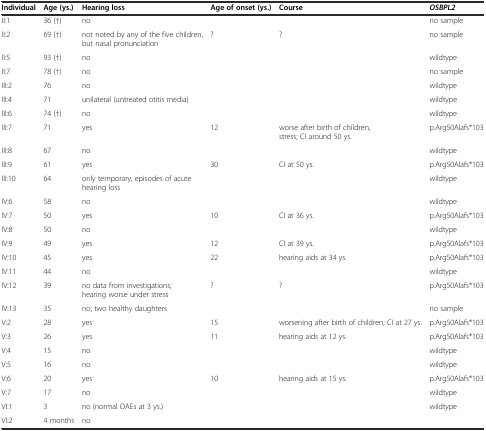
<table><thead><tr><td><b>Individual</b></td><td><b>Age (ys.)</b></td><td><b>Hearing loss</b></td><td><b>Age of onset (ys.)</b></td><td><b>Course</b></td><td><b><i>OSBPL2</i></b></td></tr></thead><tbody><tr><td>II:1</td><td>36 (†)</td><td>no</td><td>[EMPTY_CELL]</td><td>[EMPTY_CELL]</td><td>no sample</td></tr><tr><td>II:2</td><td>69 (†)</td><td>not noted by any of the five children, but nasal pronunciation</td><td>?</td><td>?</td><td>no sample</td></tr><tr><td>II:5</td><td>93 (†)</td><td>no</td><td>[EMPTY_CELL]</td><td>[EMPTY_CELL]</td><td>wildtype</td></tr><tr><td>II:7</td><td>78 (†)</td><td>no</td><td>[EMPTY_CELL]</td><td>[EMPTY_CELL]</td><td>no sample</td></tr><tr><td>III:2</td><td>76</td><td>no</td><td>[EMPTY_CELL]</td><td>[EMPTY_CELL]</td><td>wildtype</td></tr><tr><td>III:4</td><td>71</td><td>unilateral (untreated otitis media)</td><td>[EMPTY_CELL]</td><td>[EMPTY_CELL]</td><td>wildtype</td></tr><tr><td>III:6</td><td>74 (†)</td><td>no</td><td>[EMPTY_CELL]</td><td>[EMPTY_CELL]</td><td>wildtype</td></tr><tr><td>III:7</td><td>71</td><td>yes</td><td>12</td><td>worse after birth of children, stress; CI around 50 ys.</td><td>p.Arg50Alafs*103</td></tr><tr><td>III:8</td><td>67</td><td>no</td><td>[EMPTY_CELL]</td><td>[EMPTY_CELL]</td><td>wildtype</td></tr><tr><td>III:9</td><td>61</td><td>yes</td><td>30</td><td>CI at 50 ys.</td><td>p.Arg50Alafs*103</td></tr><tr><td>III:10</td><td>64</td><td>only temporary, episodes of acute hearing loss</td><td>[EMPTY_CELL]</td><td>[EMPTY_CELL]</td><td>wildtype</td></tr><tr><td>IV:6</td><td>58</td><td>no</td><td>[EMPTY_CELL]</td><td>[EMPTY_CELL]</td><td>wildtype</td></tr><tr><td>IV:7</td><td>50</td><td>yes</td><td>10</td><td>CI at 36 ys.</td><td>p.Arg50Alafs*103</td></tr><tr><td>IV:8</td><td>50</td><td>no</td><td>[EMPTY_CELL]</td><td>[EMPTY_CELL]</td><td>wildtype</td></tr><tr><td>IV:9</td><td>49</td><td>yes</td><td>12</td><td>CI at 39 ys.</td><td>p.Arg50Alafs*103</td></tr><tr><td>IV:10</td><td>45</td><td>yes</td><td>22</td><td>hearing aids at 34 ys.</td><td>p.Arg50Alafs*103</td></tr><tr><td>IV:11</td><td>44</td><td>no</td><td>[EMPTY_CELL]</td><td>[EMPTY_CELL]</td><td>wildtype</td></tr><tr><td>IV:12</td><td>39</td><td>no data from investigations; hearing worse under stress</td><td>?</td><td>?</td><td>p.Arg50Alafs*103</td></tr><tr><td>IV:13</td><td>35</td><td>no; two healthy daughters</td><td>[EMPTY_CELL]</td><td>[EMPTY_CELL]</td><td>no sample</td></tr><tr><td>V:2</td><td>28</td><td>yes</td><td>15</td><td>worsening after birth of children; CI at 27 ys.</td><td>p.Arg50Alafs*103</td></tr><tr><td>V:3</td><td>26</td><td>yes</td><td>11</td><td>hearing aids at 12 ys.</td><td>p.Arg50Alafs*103</td></tr><tr><td>V:4</td><td>15</td><td>no</td><td>[EMPTY_CELL]</td><td>[EMPTY_CELL]</td><td>wildtype</td></tr><tr><td>V:5</td><td>16</td><td>no</td><td>[EMPTY_CELL]</td><td>[EMPTY_CELL]</td><td>wildtype</td></tr><tr><td>V:6</td><td>20</td><td>yes</td><td>10</td><td>hearing aids at 15 ys.</td><td>p.Arg50Alafs*103</td></tr><tr><td>V:7</td><td>17</td><td>no</td><td>[EMPTY_CELL]</td><td>[EMPTY_CELL]</td><td>wildtype</td></tr><tr><td>VI:1</td><td>3</td><td>no (normal OAEs at 3 ys.)</td><td>[EMPTY_CELL]</td><td>[EMPTY_CELL]</td><td>wildtype</td></tr><tr><td>VI:2</td><td>4 months</td><td>no</td><td>[EMPTY_CELL]</td><td>[EMPTY_CELL]</td><td>[EMPTY_CELL]</td></tr></tbody></table>